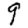
Digit: 9